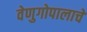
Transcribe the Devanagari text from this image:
वेणुगोपालाचे